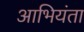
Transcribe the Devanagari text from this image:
आभियंता